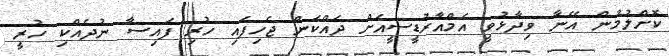
ކޮށްލުމުން އޭނާ ވިދާޅުވީ އެމްއާރުޑީސީއަށް ދައްކަން ޖެހިފައި ހުރި ފައިސާ ނުދެއްކި ހުރީ